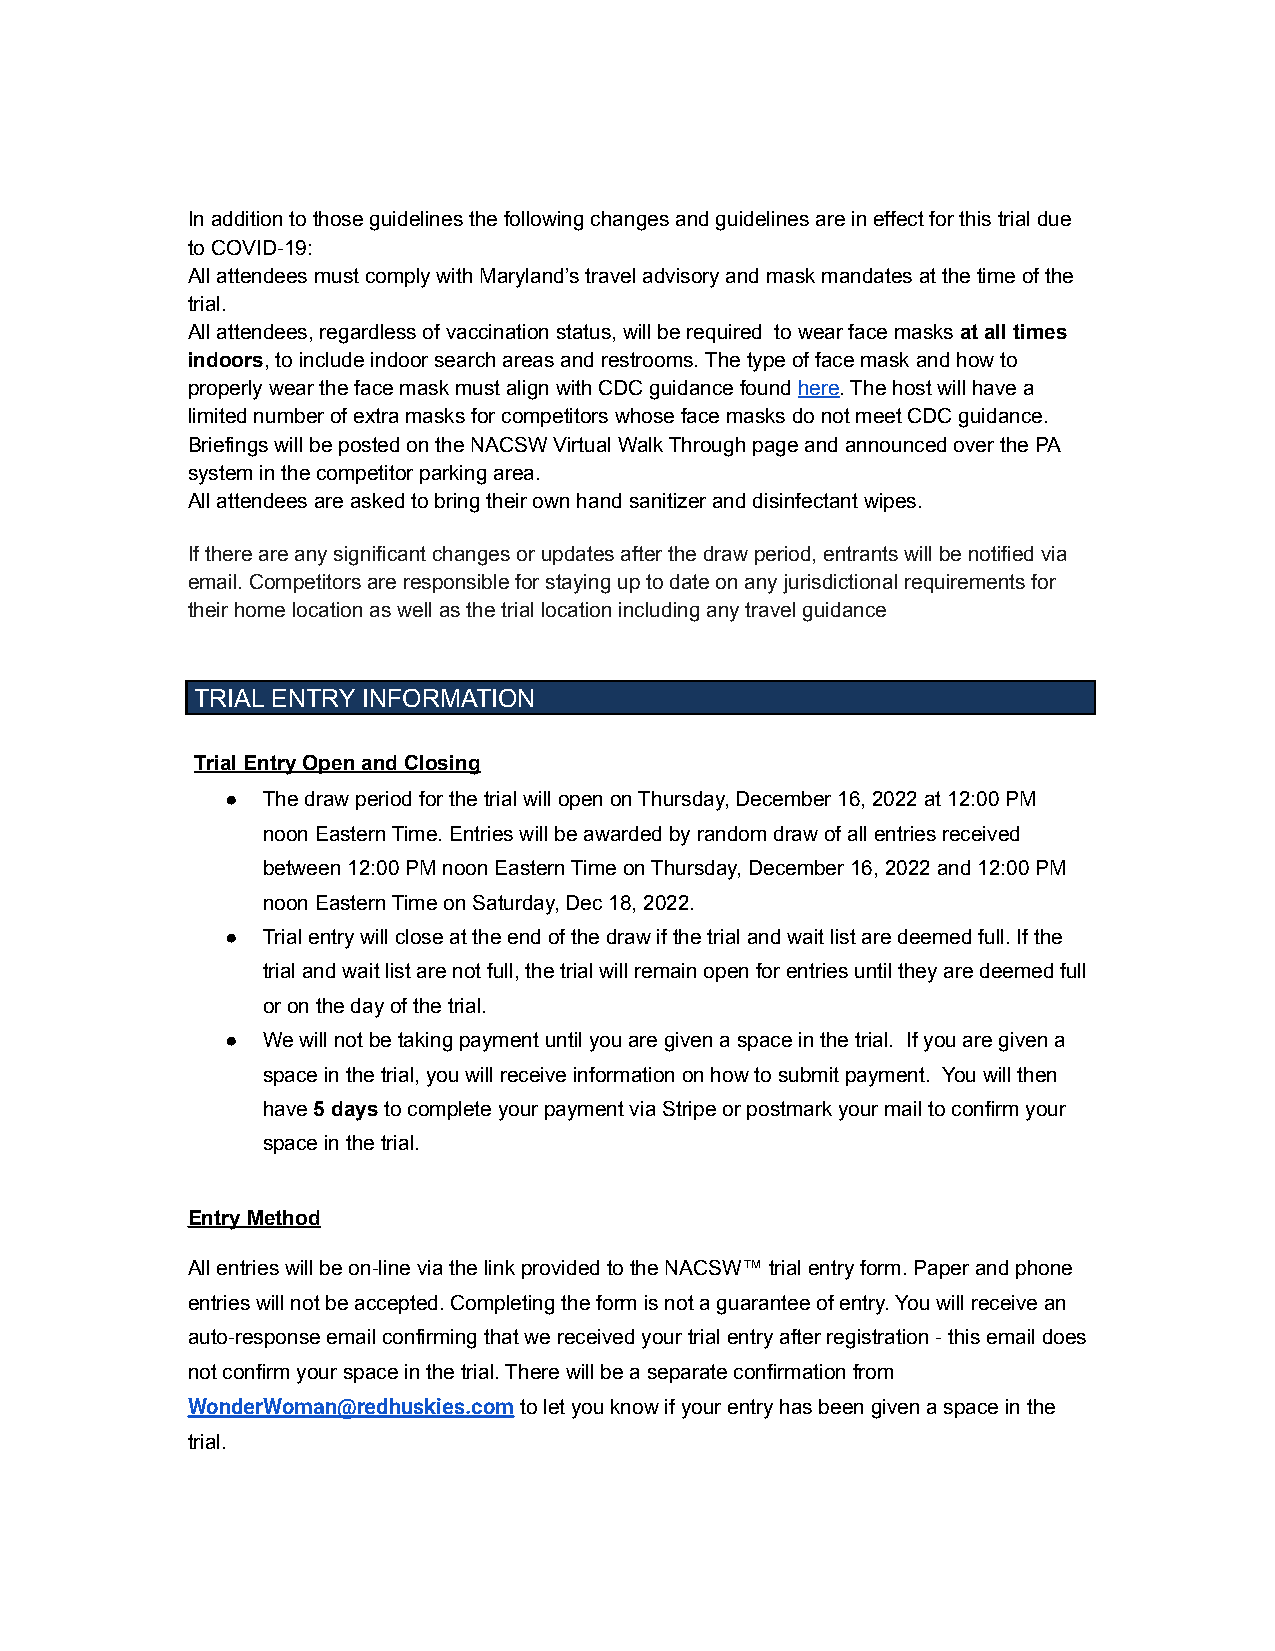
In addition to those guidelines the following changes and guidelines are in effect for this trial due
 to COVID-19:
 All attendees must comply with Maryland’s travel advisory and mask mandates at the time of the
 trial.
 All attendees, regardless of vaccination status, will be required to wear face masks a t all times
 indoors, to include indoor search areas and restrooms.The type of face mask and how to
 properly wear the face mask must align with CDC guidance foundhere. The host will have a
 limited number of extra masks for competitors whose face masks do not meet CDC guidance.
 Briefings will be posted on the NACSW Virtual Walk Through page and announced over the PA
 system in the competitor parking area.
 All attendees are asked to bring their own hand sanitizer and disinfectant wipes.
 If there are any significant changes or updates after the draw period, entrants will be notified via
 email. Competitors are responsible for staying up to date on any jurisdictional requirements for
 their home location as well as the trial location including any travel guidance
 TRIAL ENTRY INFORMATION
 Trial Entry Open and Closing
 ● The draw period for the trial will open on Thursday, December 16, 2022 at 12:00 PM
 noon Eastern Time. Entries will be awarded by random draw of all entries received
 between 12:00 PM noon Eastern Time on Thursday, December 16, 2022 and 12:00 PM
 noon Eastern Time on Saturday, Dec 18, 2022.
 ● Trial entry will close at the end of the draw if the trial and wait list are deemed full. If the
 trial and wait list are not full, the trial will remain open for entries until they are deemed full
 or on the day of the trial.
 ● We will not be taking payment until you are given a space in the trial. If you are given a
 space in the trial, you will receive information on how to submit payment. You will then
 have5 daysto complete your payment via Stripe orpostmark your mail to confirm your
 space in the trial.
 Entry Method
 All entries will be on-line via the link provided to the NACSW™ trial entry form. Paper and phone
 entries will not be accepted. Completing the form is not a guarantee of entry. You will receive an
 auto-response email confirming that we received your trial entry after registration - this email does
 not confirm your space in the trial. There will be a separate confirmation from
 WonderWoman@redhuskies.comto let you know if yourentry has been given a space in the
 trial.